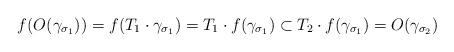
LaTeX: \begin{align*}f(O(\gamma_{\sigma_1})) = f(T_1 \cdot \gamma_{\sigma_1})= T_1 \cdot f(\gamma_{\sigma_1})\subset T_2 \cdot f(\gamma_{\sigma_1}) = O(\gamma_{\sigma_2})\end{align*}